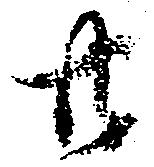
廿